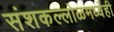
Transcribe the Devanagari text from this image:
संशकल्लोळमध्येही